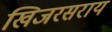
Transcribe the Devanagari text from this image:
खिजरसराय